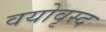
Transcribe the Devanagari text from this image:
वयोवृस्द